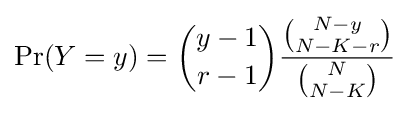
\Pr(Y=y)={\binom {y-1}{r-1}}{\frac {\binom {N-y}{N-K-r}}{\binom {N}{N-K}}}